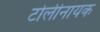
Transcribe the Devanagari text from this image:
टोलीनायक